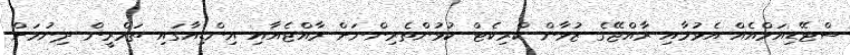
ސްޓޭޑިއަމްއެއް އެޅުމާއި ރާއްޖޭގެ ޒުވާން ކްރިކެޓް ކުޅުންތެރިންނަށް ރާއްޖެއާއި އިންޑިއާގައި ތަމްރީން ދިނުމަށް